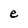
Character: e